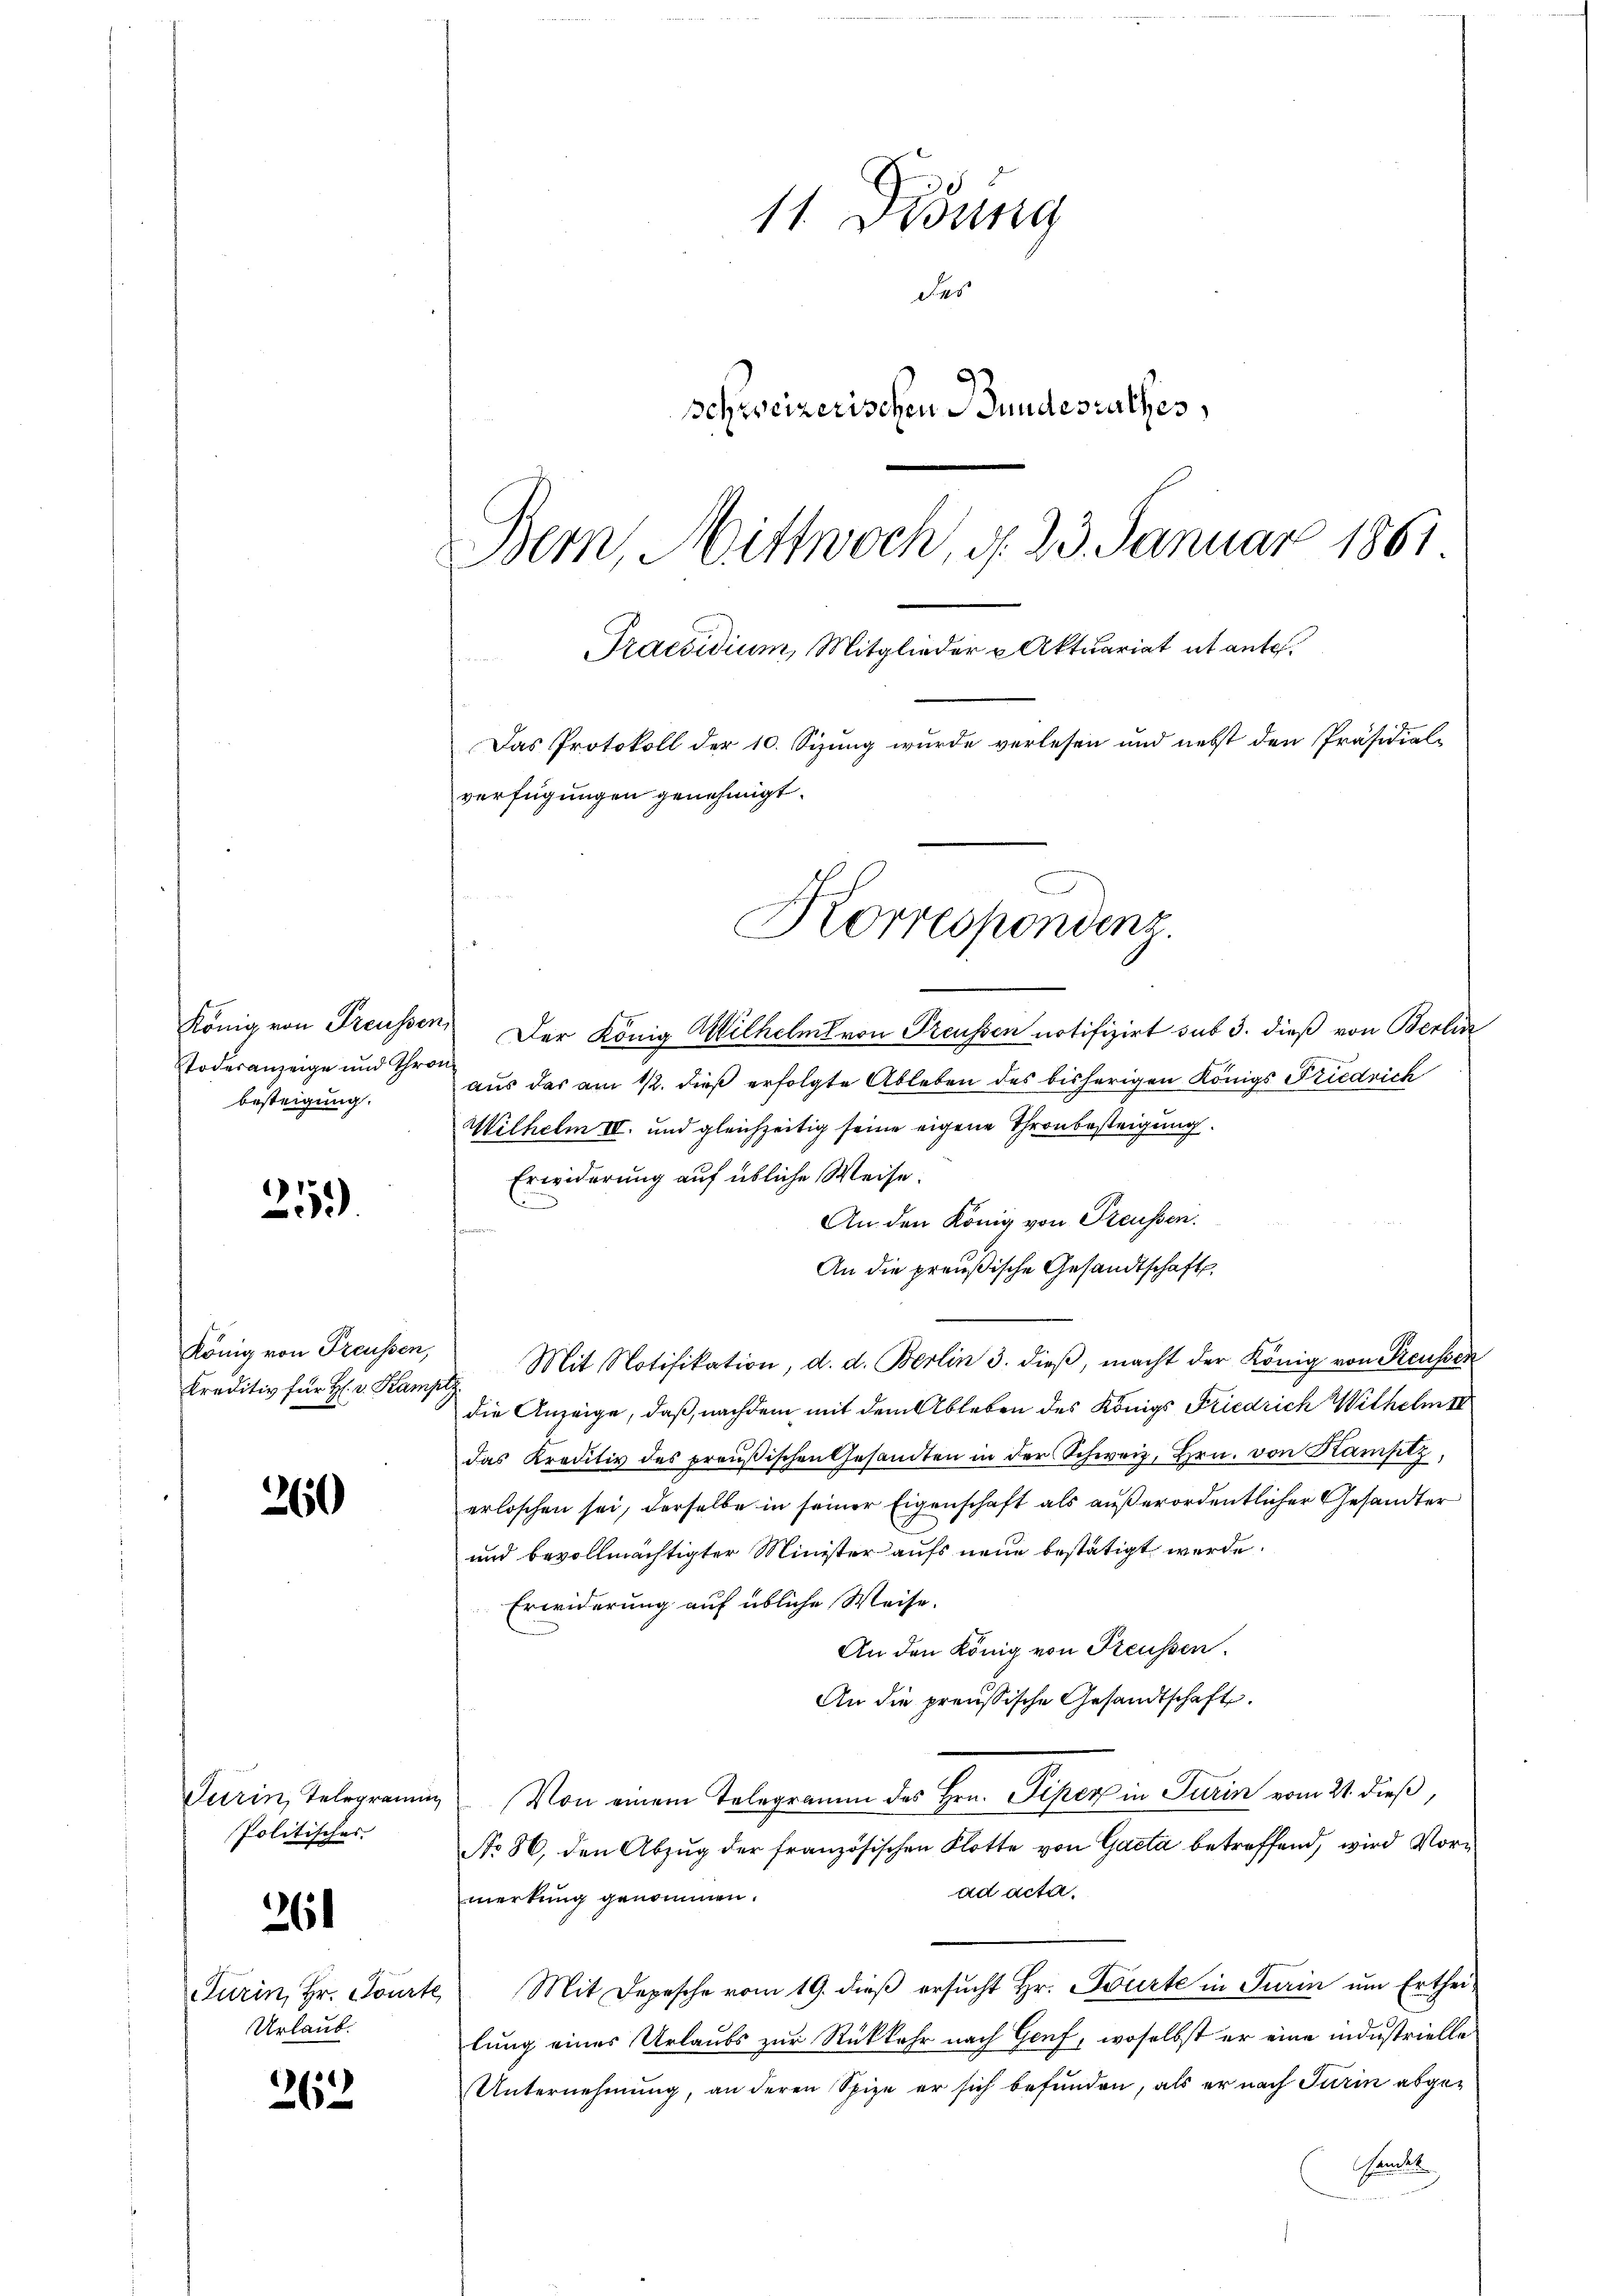
todesanzeige und Thron
besteigung.

25.)

König von Freussen,
Kreditiv für H. v. Kam

260

Turin, Telegramm
Politisches.

261

Urlaub.

263

11. Didung
des
schweizerischen Bundesrathes,
Bern, Mittwoch, d. 23. Januar 1861
Praesidium, Mitglieder u Aktuariat abante.
Das Protokoll der 10. Sizung wurde verlesen und nebst den Präsidial-
verfügungen genehmigt.

König von Freussen. Der König Wilhelmt von Preussen notifizirt sub 3. dieß von Berlin
aus das am 12. dieß erfolgte Ableben des bisherigen Königs Friedrich
Wilhelm IV. und gleichzeitig seine eigene Thronbesteigung.
Erwiderung auf übliche Weise.
An den König von Preussen.
An die preußische Gesandtschaft
 Mit Notifikation, d. d. Berlin 3. dieβ, macht der König von Preussen
die Anzeige, daß, nachdem mit dem Ableben des Königs Friedrich Wilhelm IV
das Kreditiv des preußischen Gesandten in der Schweiz, Hrn. von Kamptz,
erloschen sei, derselbe in seiner Eigenschaft als außerordentlicher Gesandter
und bevollmächtigter Minister aufs neue bestätigt werde.
Erwiderung auf übliche Weise.
An den König von Freussen.
An die preussische Gesandtschaft.
 Von einem Telegramm des Hrn. Piper in Turin vom 21. dieß,
No 86, den Abzug der französischen Flotte von Gacta betreffend, wird Vorad acta.
merkung genommen.
Purin, Hr. Tourte Mit Depesche vom 19. dieβ ersŭcht Hr. Fürte in Turin ŭm Erthei-
lung eines Urlaubs zur Rückkehr nach Genf, woselbst er eine industrielle
Unternehmung, an deren Spize er sich befunden, als er nach Turin abgeandel

Korrespondenz.